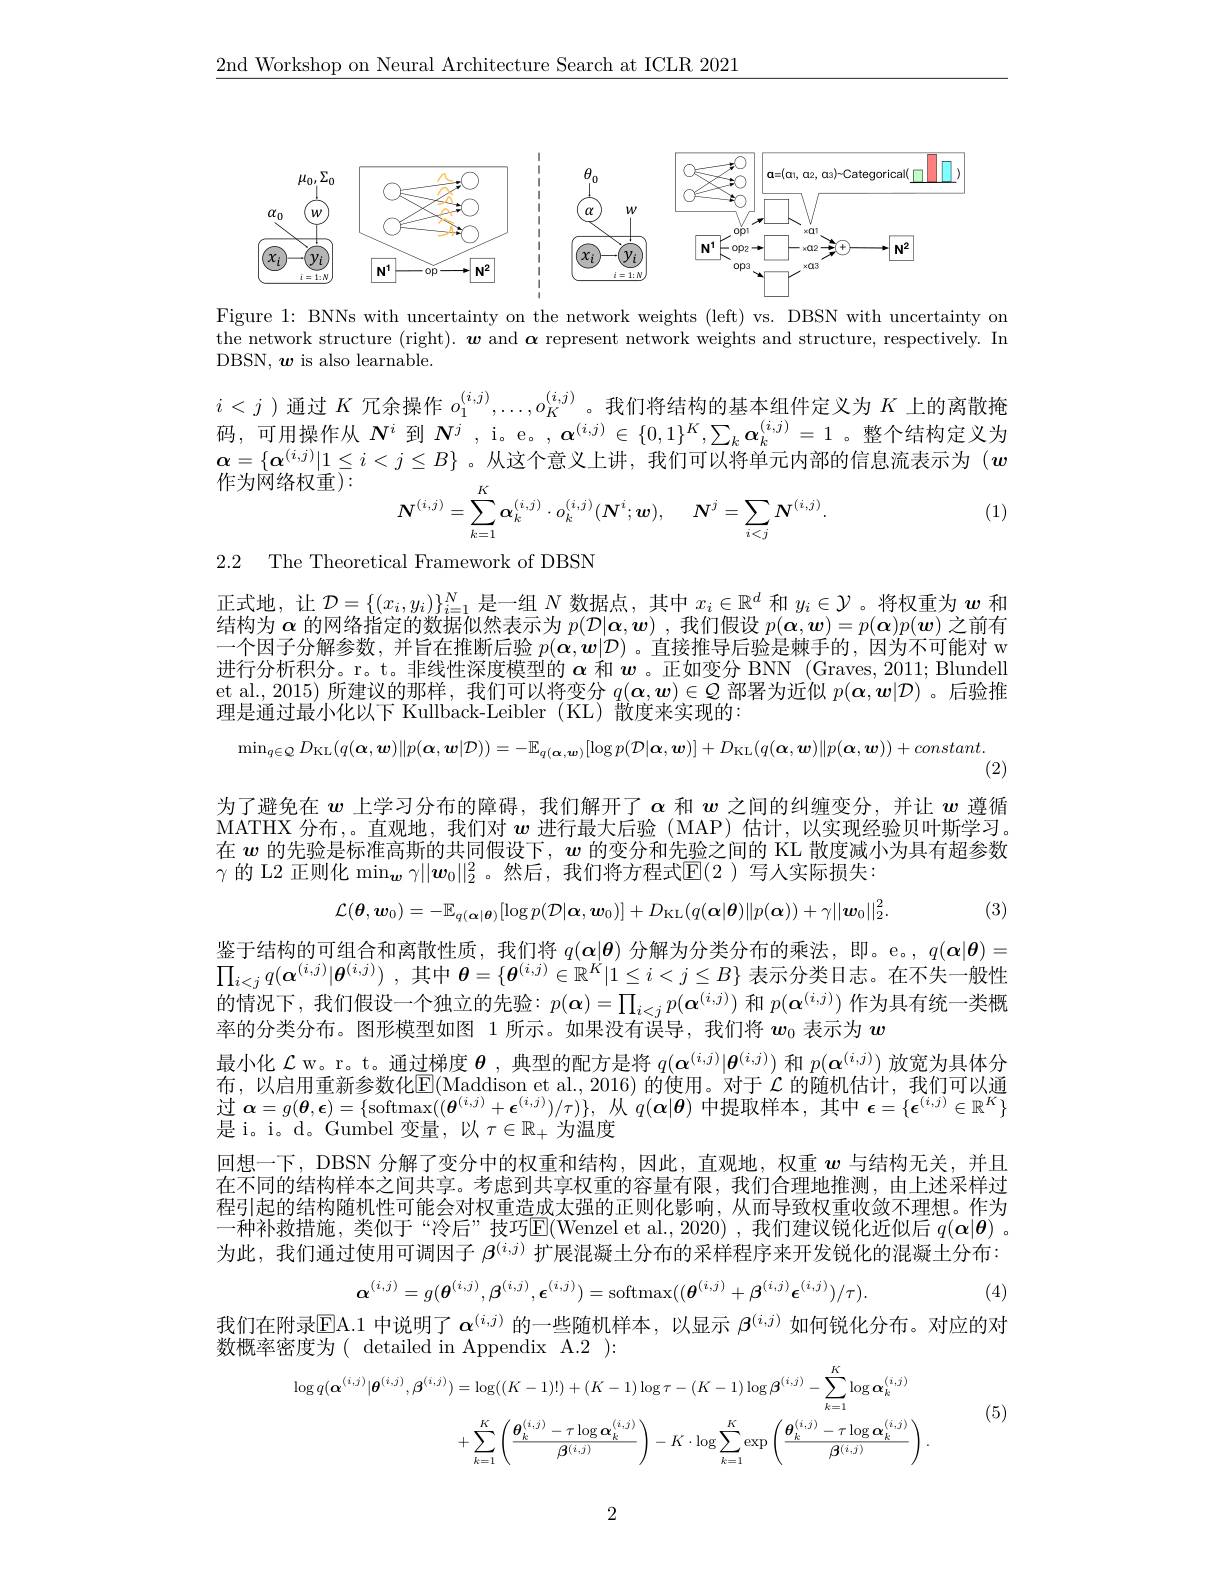
$\underline{2\text{nd Workshop on Neural Architecture Search at ICLR 2021}}$

<FigureHere>

Figure 1: BNNs with uncertainty on the network weights (left) vs. DBSN with uncertainty on the network structure (right). $\boldsymbol{w}$ and $\boldsymbol{\alpha}$ represent network weights and structure, respectively. In DBSN, $\boldsymbol w$ is also learnable.

$i<j$ )通过$K$冗余操作$o_1^{(i,j)},\ldots,o_K^{(i,j)}$。我们将结构的基本组件定义为$K$上的离散掩四一可用超作山$\mathbf{N}^i$到$\mathbf{M}^i$ $=(i,j)\subset\{0,1\}K\sum_{i=1}^{(i,j)}$故会社构产义为码，可用操作从$N^i$到$N^j$, i。e。$,\alpha^{(i,j)}\in\{0,1\}^K,\sum_k\boldsymbol{\alpha}_k^{(i,j)}=1$ 。整个结构定义为$\boldsymbol{\alpha}=\{\boldsymbol{\alpha}^{(i,j)}|1\leq i<j\leq B\}$ 。从这个意义上讲，我们可以将单元内部的信息流表示为$(\boldsymbol{w}$ 作为网络权重):

(1)
$$\boldsymbol{N}^{(i,j)}=\sum\limits_{k=1}^K\boldsymbol{\alpha}_k^{(i,j)}\cdot o_k^{(i,j)}(\boldsymbol{N}^i;\boldsymbol{w}),\quad\boldsymbol{N}^j=\sum\limits_{i<j}\boldsymbol{N}^{(i,j)}.$$
2.2 The Theoretical Framework of DBSN

正式地，让$\mathcal{D}=\{(x_i,y_i)\}_{i=1}^N$是一组$N$数据点，其中$x_i\in\mathbb{R}^d$和$y_i\in\mathcal{Y}$。将权重为$w$和结构为$\alpha$的网络指定的数据似然表示为$p(\mathcal{D}|\boldsymbol{\alpha},\boldsymbol{w})$ ,我们假设$p(\boldsymbol{\alpha},\boldsymbol{w})=p(\boldsymbol{\alpha})p(\boldsymbol{w})$之前有一个因子分解参数，并旨在推断后验$p(\boldsymbol{\alpha},\boldsymbol{w}|\mathcal{D})$ 。直接推导后验是棘手的，因为不可能对 w 进行分析积分。r。t。非线性深度模型的$\alpha$和$\boldsymbol{w}$ 。正如变分 BNN (Graves, 2011; Blundell et al., 2015) 所建议的那样，我们可以将变分$q(\boldsymbol{\alpha},\boldsymbol{w})\in\mathcal{Q}$部署为近似$p(\boldsymbol{\alpha},\boldsymbol{w}|\mathcal{D})$ 。后验推理是通过最小化以下 Kullback-Leibler (KL) 散度来实现的：

$\min _{q\in \mathbb{Q} }D_{\mathrm{KL}}( q( \boldsymbol{\alpha }, \boldsymbol{w}) \| p( \boldsymbol{\alpha }, \boldsymbol{w}| \mathcal{D} ) ) = - \mathbb{E} _{q( \boldsymbol{\alpha }, \boldsymbol{w}) }[ \log p( \mathcal{D} | \boldsymbol{\alpha }, \boldsymbol{w}) ] + D_{\mathrm{KL}}( q( \boldsymbol{\alpha }, \boldsymbol{w}) \| p( \boldsymbol{\alpha }, \boldsymbol{w}) ) + constant.$

(2)

为了避免在$w$上学习分布的障碍，我们解开了$\alpha$和$w$之间的纠缠变分，并让$w$遵循MATHX 分布，。直观地，我们对$w$进行最大后验(MAP)估计，以实现经验贝叶斯学习。在$w$的先验是标准高斯的共同假设下，$w$的变分和先验之间的 KL 散度减小为具有超参数$\gamma\text{ 的 L2 正则化 min}_{\boldsymbol{w}}\gamma||\boldsymbol{w}_0||_2^2$。然后，我们将方程式$\overline{\mathbb{E}}(2$ )写人实际损失：
$$\mathcal{L}(\boldsymbol{\theta},\boldsymbol{w}_{0})=-\mathbb{E}_{q(\boldsymbol{\alpha}|\boldsymbol{\theta})}[\log p(\mathcal{D}|\boldsymbol{\alpha},\boldsymbol{w}_{0})]+D_{\mathrm{KL}}(q(\boldsymbol{\alpha}|\boldsymbol{\theta})\|p(\boldsymbol{\alpha}))+\gamma||\boldsymbol{w}_{0}||_{2}^{2}.$$
(3)

鉴于结构的可组合和离散性质，我们将$q(\boldsymbol{\alpha}|\boldsymbol{\theta})$分解为分类分布的乘法，即。e。, $q(\boldsymbol{\alpha}|\boldsymbol{\theta})=$ $\prod _{i< j}q( \boldsymbol{\alpha }^{( i, j) }| \boldsymbol{\theta }^{( i, j) })$ ,其中$\boldsymbol{\theta}=\{\boldsymbol{\theta}^{(i,j)}\in\mathbb{R}^{\dot{K}}|1\leq i<j\leq B\}$表示分类日志。在不失一般性的情况下，我们假设一个独立的先验：$p(\boldsymbol{\alpha})=\prod_{i<j}p(\boldsymbol{\alpha}^{(i,j)})$和$p(\boldsymbol{\alpha}^{(i,j)})$作为具有统一类概率的分类分布。图形模型如图 1 所示。如果没有误导，我们将$w_{0}$表示为$w$
最小化$\mathcal{L}$ w。r。t。通过梯度$\boldsymbol{\theta}$,典型的配方是将$q(\boldsymbol{\alpha}^{(i,j)}|\boldsymbol{\theta}^{(i,j)})$和$p(\boldsymbol{\alpha}^{(i,j)})$放宽为具体分布，以启用重新参数化E(Maddison et al.,2016) 的使用。对于 $\mathcal{L}$ 的随机估计，我们可以通过$\boldsymbol\alpha=g(\boldsymbol{\theta},\boldsymbol{\epsilon})=\{$softmax$((\boldsymbol\theta^{(i,j)}+\boldsymbol{\epsilon}^{(i,j)})/\tau)\}$,从$q(\boldsymbol\alpha|\boldsymbol{\theta})$中提取样本，其中$\boldsymbol\epsilon=\{\boldsymbol\epsilon^{(i,j)}\in\mathbb{R}^K\}$ 是 i。i。d。Gumbel 变量，以$\tau\in\mathbb{R}_+$为温度
回想一下，DBSN 分解了变分中的权重和结构，因此，直观地，权重$w$与结构无关，并且在不同的结构样本之间共享。考虑到共享权重的容量有限，我们合理地推测，由上述采样过程引起的结构随机性可能会对权重造成太强的正则化影响，从而导致权重收敛不理想。作为一种补救措施，类似于“冷后”技巧E(Wenzel et al.,2020),我们建议锐化近似后 $q(\boldsymbol{\alpha}|\boldsymbol{\theta})$ 。为此，我们通过使用可调因子$\beta^{(i,j)}$扩展混凝土分布的采样程序来开发锐化的混凝土分布：
$$\alpha^{(i,j)}=g(\theta^{(i,j)},\beta^{(i,j)},\epsilon^{(i,j)})=\mathrm{softmax}((\theta^{(i,j)}+\beta^{(i,j)}\epsilon^{(i,j)})/\tau).$$
(4)

我们在附录$\overline{\mathrm{EA.1~}}$中说明了 $\alpha^{(i,j)}$ 的一些随机样本，以显示 $\beta^{(i,j)}$ 如何锐化分布。对应的对

数概率密度为( detailed in Appendix A.2):
$$\begin{aligned}\log q(\alpha^{(i,j)}|\boldsymbol{\theta}^{(i,j)},\boldsymbol{\beta}^{(i,j)})&=\log((K-1)!)+(K-1)\log\tau-(K-1)\log\beta^{(i,j)}-\sum_{k=1}^{K}\log\alpha_{k}^{(i,j)}\\&+\sum_{k=1}^{K}\left(\frac{\boldsymbol{\theta}_{k}^{(i,j)}-\tau\log\boldsymbol{\alpha}_{k}^{(i,j)}}{\boldsymbol{\beta}^{(i,j)}}\right)-K\cdot\log\sum_{k=1}^{K}\exp\left(\frac{\boldsymbol{\theta}_{k}^{(i,j)}-\tau\log\boldsymbol{\alpha}_{k}^{(i,j)}}{\boldsymbol{\beta}^{(i,j)}}\right).\end{aligned}$$
(5)

2